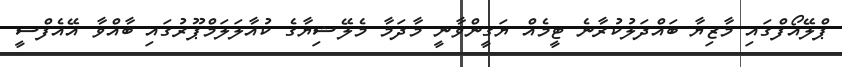
ޕްލޭއޯފްގައި މާޒިޔާ ބައްދަލުކުރާނެ ޓީމެއް ޔަގީންވާނީ މާދަމާ މެލޭޝިޔާގެ ކުއާލަލަމްޕޫރުގައި ބާއްވާ އޭއެފްސީ